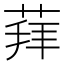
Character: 𦳞